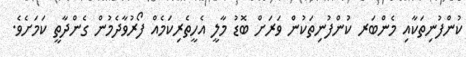
ކުންފުނިތަކާއި މެންބަރ ކުންފުނިތަކުން ވަރަށް ބޮޑު މާލީ އެހީތެރިކަމެއް ފޯރުވާދެމުން ގެންދާތީ ކަމަށެވެ.